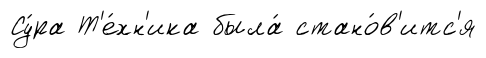
Су́ра Т'е́хн'ика была́ стано́в'итс'я